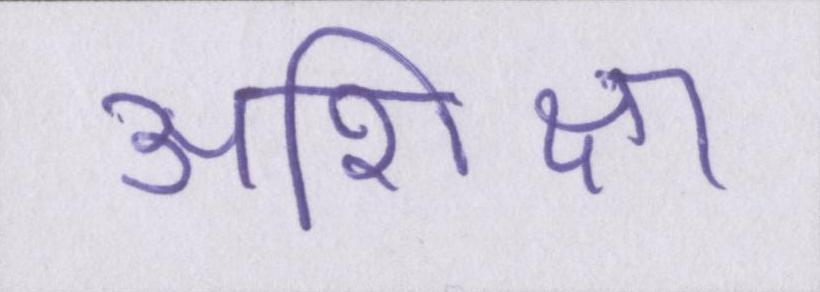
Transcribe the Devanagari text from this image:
अशिक्षा